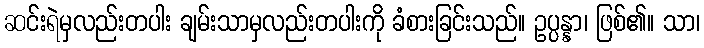
ဆင်းရဲမှလည်းတပါး ချမ်းသာမှလည်းတပါးကို ခံစားခြင်းသည်။ ဥပ္ပန္နာ၊ ဖြစ်၏။ သာ၊